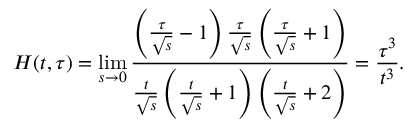
H ( t , \tau ) = \operatorname* { l i m } _ { s \rightarrow 0 } \frac { \left( \frac { \tau } { \sqrt { s } } - 1 \right) \frac { \tau } { \sqrt { s } } \left( \frac { \tau } { \sqrt { s } } + 1 \right) } { \frac { t } { \sqrt { s } } \left( \frac { t } { \sqrt { s } } + 1 \right) \left( \frac { t } { \sqrt { s } } + 2 \right) } = \frac { \tau ^ { 3 } } { t ^ { 3 } } .